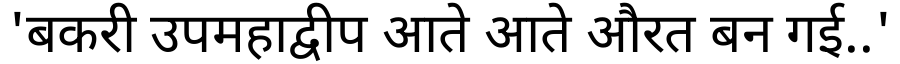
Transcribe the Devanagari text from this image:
'बकरी उपमहाद्वीप आते आते औरत बन गई..'